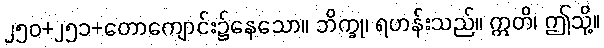
၂၅၀+၂၅၁+တောကျောင်း၌နေသော။ ဘိက္ခု၊ ရဟန်းသည်။ ဣတိ၊ ဤသို့။